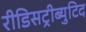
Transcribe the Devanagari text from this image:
रीडिसट्रीब्युटिद